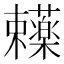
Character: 𬟥